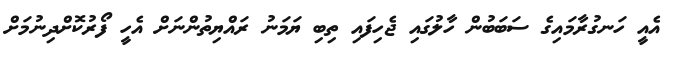
އެއީ ހަނގުރާމައިގެ ސަބަބުން ހާލުގައި ޖެހިފައި ތިބި ޔަމަނު ރައްޔިތުންނަށް އެހީ ފޯރުކޮށްދިނުމަށް